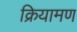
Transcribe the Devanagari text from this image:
क्रियामण